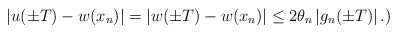
\begin{align*}\left|u(\pm T) - w(x_n)\right| = \left|w(\pm T) - w(x_n)\right| \leq 2 \theta_n \left|g_n (\pm T)\right|.)\end{align*}